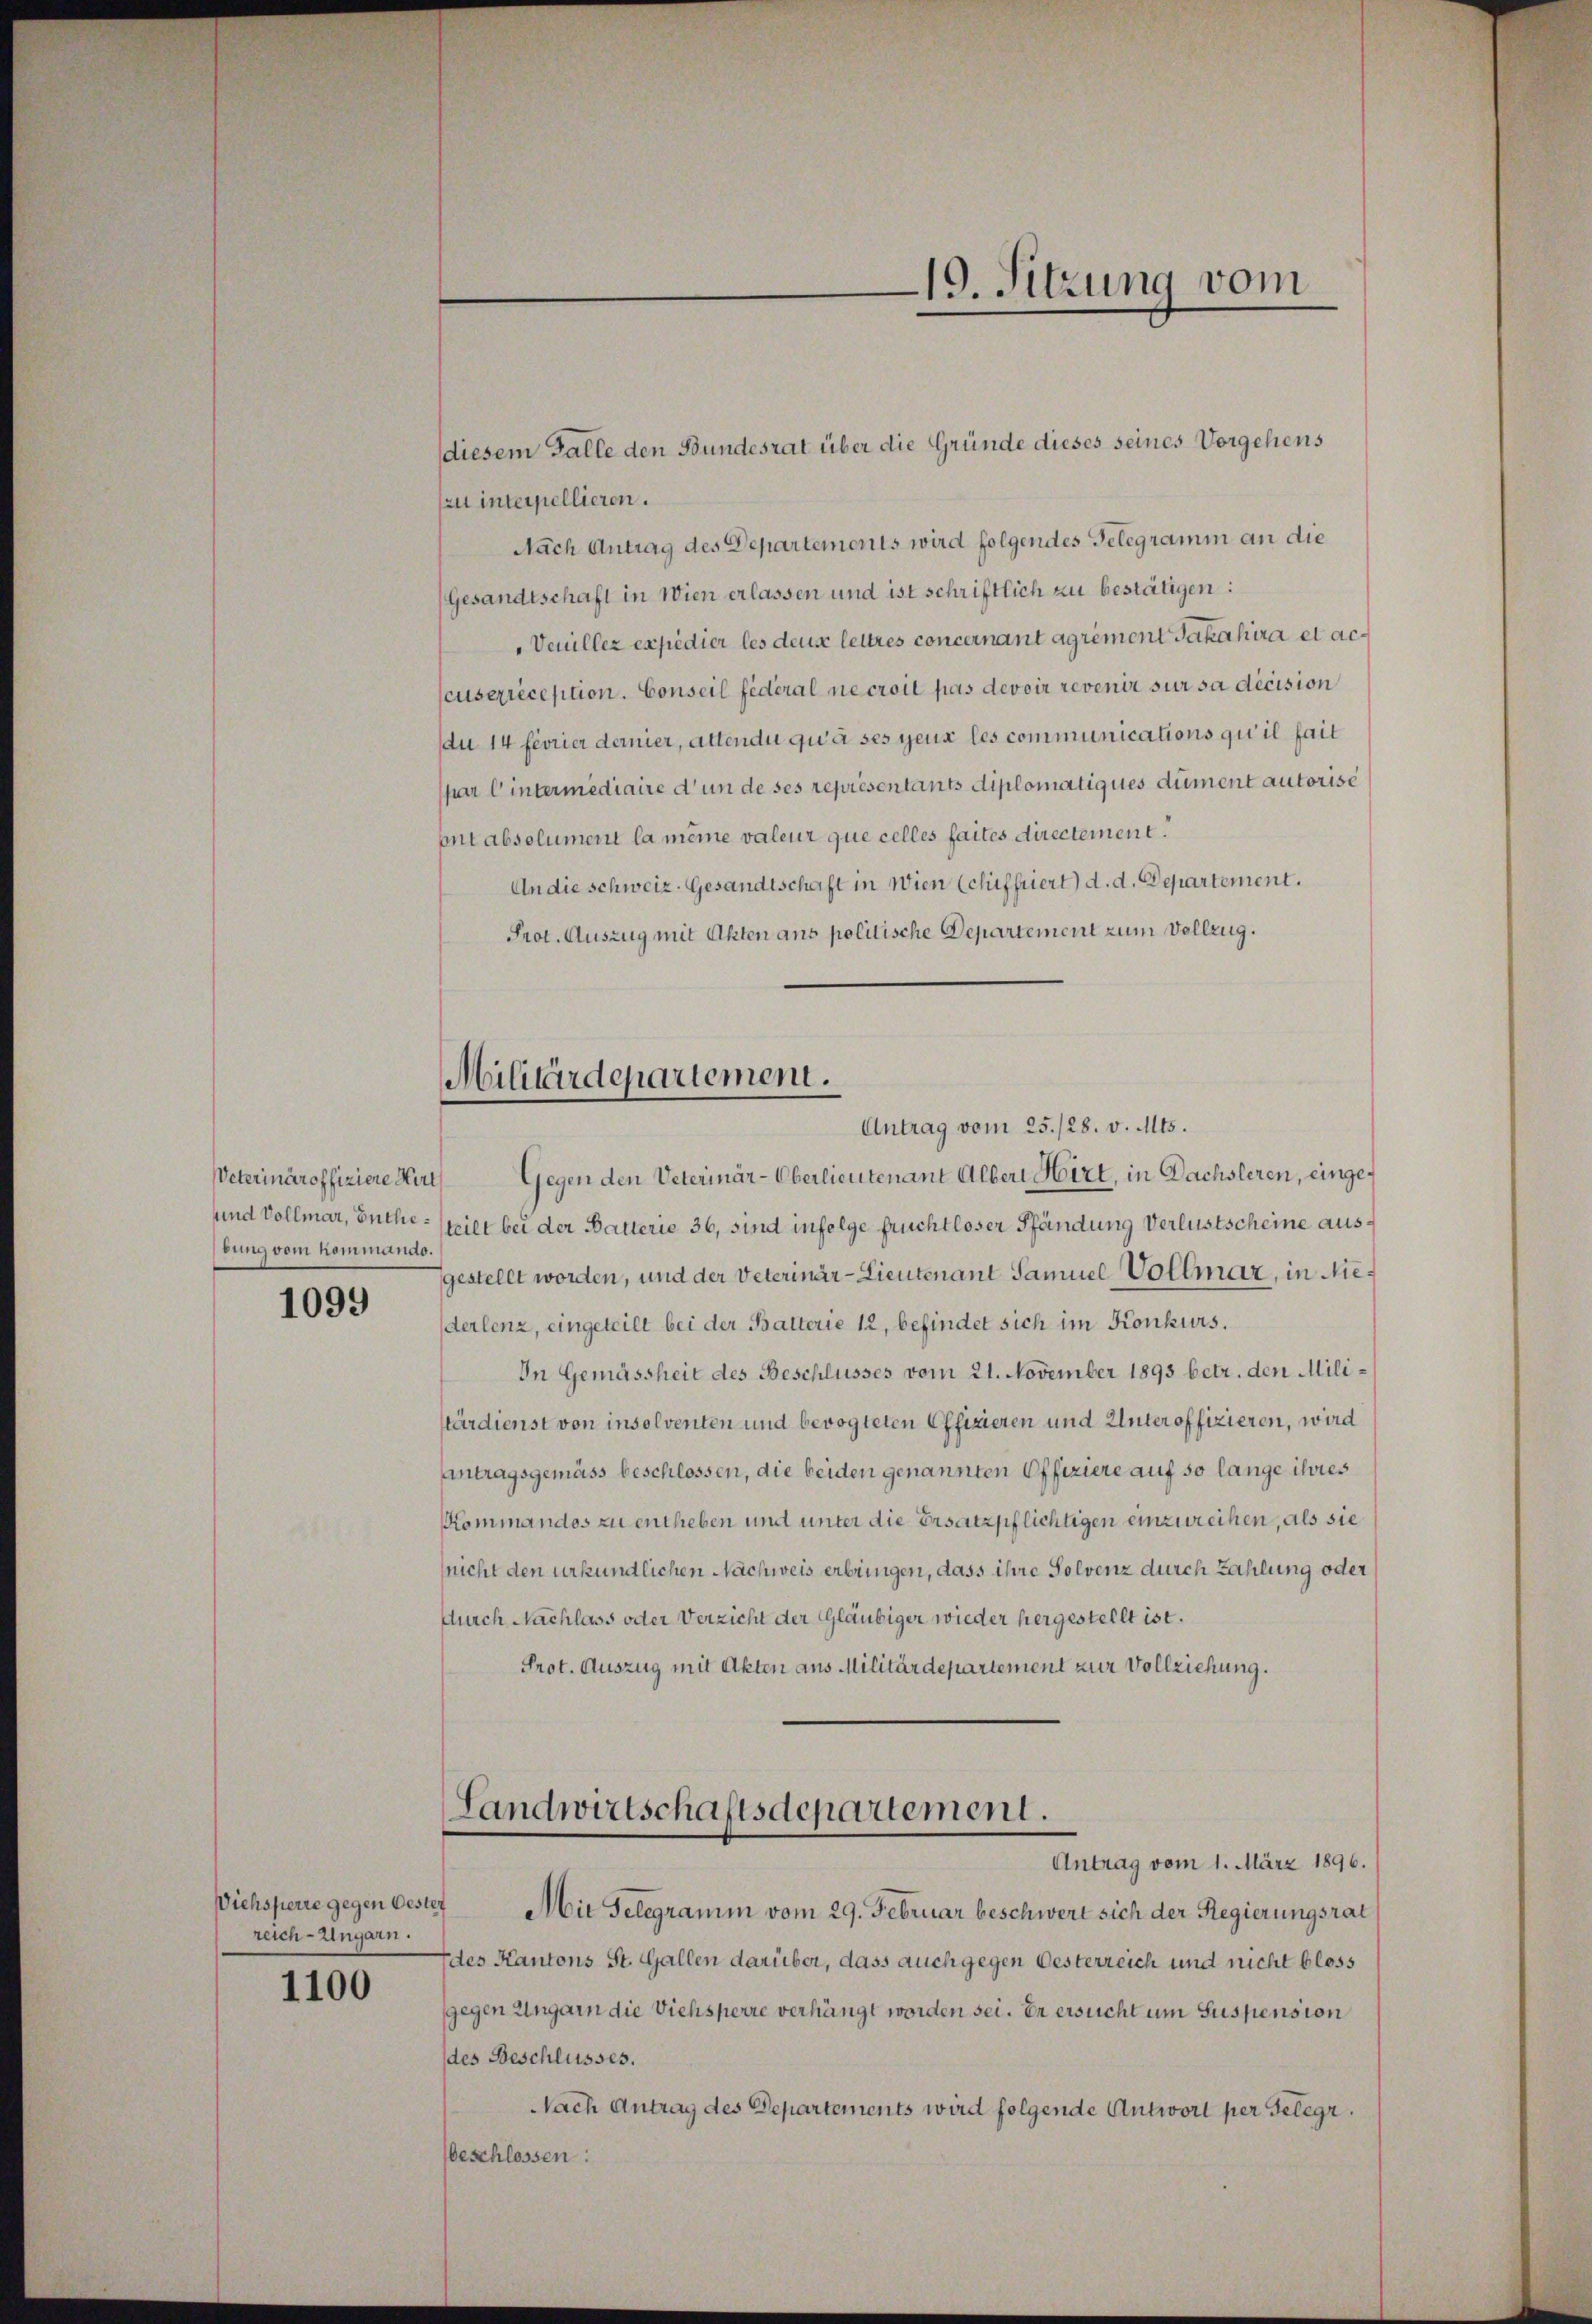
Veterinäroffiziere Hirt
bung vom hommando.

1099

Viehsperre gegen Oester
reich-Ungarn.

1100

diesem Falle den Bundesrat über die Gründe dieses seines Vorgehens
zu interpellieren.
Nach Antrag des Departements wird folgendes Gelegramm an die
Gesandtschaft in Wien erlassen und ist schriftlich zu bestätigen:
Veuillez expedier les deus lettres concernant agrément Jakahira et acseuserreception. Conseil fédéral ne croit pas devoir revenir sur sa décision
du 14 féorier dernier, altendu qu’à ses gene les communications qu’il fait
par l’intermédiaire d’un de ses représentants diplomatiques dument autorise
ontabsolument la meine valeur que celles faites directement.
An die schweiz. Gesandtschaft in Wien (chiffriert) d. d. Departement.
Prot. Auszug mit Akten ans politische Departement zum Vollzug.
Militärdepartement.
Antrag vom 25./28. v. Mts.
Gegen den Veterinär-Oberlieutenant Alber Hirt, in Dachsleren, einge¬
und Vollmar, Butheteilt bei der Batterie 36, sind infolge fruchtloser Pfändung Verlustscheine ausgestellt worden, und der Veterinar-Lieutenant Samuel Vollmar, in Niederlenz, eingeteilt bei der Batterie 12, befindet sich im Konkurs.
In Gemässheit des Beschlusses vom 21. November 1893 betr. den Militärdienst von insolventen und bevogteten Offizieren und Unteroffizieren, wird
Antragsgemäss beschlossen, die beiden genannten Offiziere auf so lange ihres
Kommandos zu entheben und unter die Ersatzpflichtigen einzureihen, als sie
(nicht den urkundlichen Nachweis erbringen, dass ihre Solvenz durch Zahlung oder
durch Nachlass oder Verzicht der Gläubiger wieder hergestellt ist.
Prot. Auszug mit Akten aus Militärdepartement zur Vollziehung.

19. Sitzung vom

Landwirtschaftsdepartement.
Antrag vom 1. März 1896.

Mit Gelegramm vom 29. Februar beschwert sich der Regierungsrat
des Kantons St. Gallen darüber, dass auch gegen Oesterreich und nicht bloss
gegen Ungarn die Viehsperre verhängt worden sei. Er ersucht um Suspension
des Beschlusses.
Nach Antrag des Departements wird folgende Antwort per Gelegr.
beschlossen: